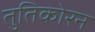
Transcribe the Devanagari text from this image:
तुतिकोरन